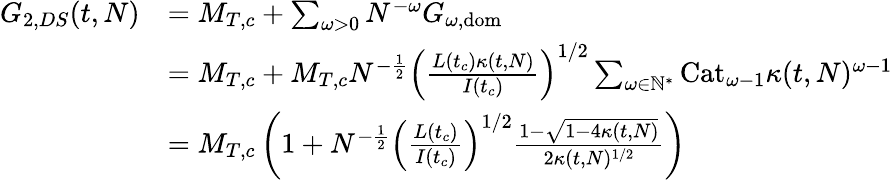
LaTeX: \begin{array}{rl}{G_{2,DS}(t,N)}&{=M_{T,c}+\sum_{\omega>0}N^{-\omega}G_{\omega,\mathrm{dom}}}\\ &{=M_{T,c}+M_{T,c}N^{-\frac 12}\left(\frac{L(t_{c})\kappa(t,N)}{I(t_{c})}\right)^{1/2}\sum_{\omega\in\mathbb{N}^{*}}\mathrm{Cat}_{\omega-1}\kappa(t,N)^{\omega-1}}\\ &{=M_{T,c}\left(1+N^{-\frac 12}\left(\frac{L(t_{c})}{I(t_{c})}\right)^{1/2}\frac{1-\sqrt{1-4\kappa(t,N)}}{2\kappa(t,N)^{1/2}}\right)}\end{array}